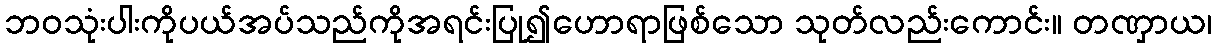
ဘဝသုံးပါးကိုပယ်အပ်သည်ကိုအရင်းပြု၍ဟောရာဖြစ်သော သုတ်လည်းကောင်း။ တဏှာယ၊